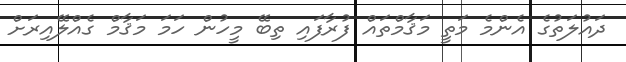
ދައުލަތުގެ އެންމެ މަތީ މަޤާމްތައް ފުރާފައި ތިބޭ މީހުން ހަމަ މަޤާމް ގެއްލޭއިރަށް